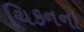
ચિકનનો